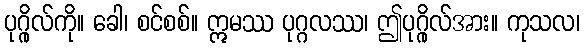
ပုဂ္ဂိုလ်ကို။ ခေါ၊ စင်စစ်။ ဣမဿ ပုဂ္ဂလဿ၊ ဤပုဂ္ဂိုလ်အား။ ကုသလ၊